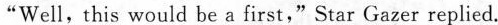
"Well, this would be a first," Star Gazer replied.